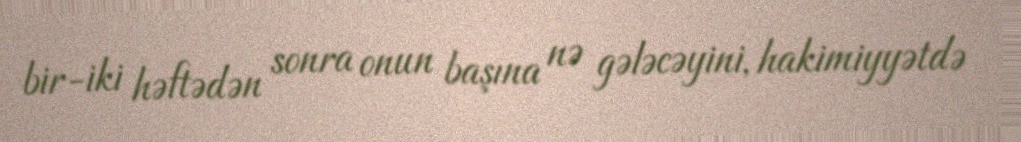
bir-iki həftədən sonra onun başına nə gələcəyini, hakimiyyətdə